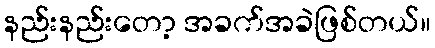
နည်းနည်းတော့ အခက်အခဲဖြစ်တယ်။